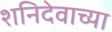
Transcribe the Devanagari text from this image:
शनिदेवाच्या